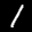
Label: 1